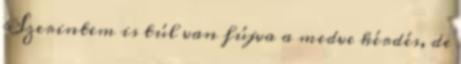
Szerintem is túl van fújva a medve kérdés, de